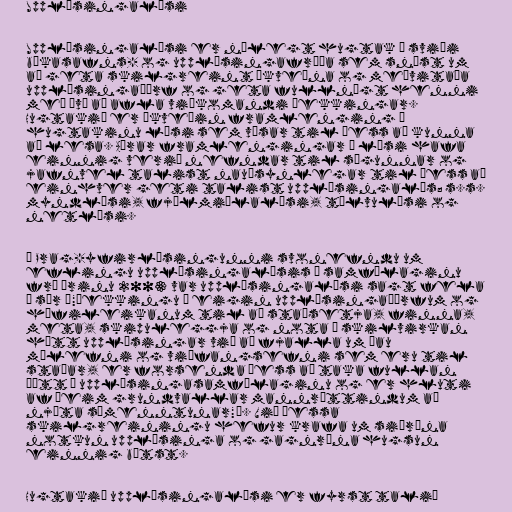
Upplýsingalæsi

Upplýsingalæsi er nýlegt hugtak á sviði
bókasafns- og upplýsingafræða sem snýst um
að geta skilgreint ákveðna og meðvitaða
upplýsingaþörf og geta fullnægt henni
með því að afla viðkomandi þekkingar.
Hugtakið er ákveðin framlenging á
hugtakinu læsi sem vísar til þess að kunna
að lesa. Aðrar framlengingar á læsi hafa
einnig verið nefndar til sögunnar og
jafnvel talist nauðsynlegar til þess að
einhver geti talist upplýsingalæs; s.s.
myndlæsi, fjölmiðlalæsi, tölvulæsi og
netlæsi.

Í Prag-yfirlýsingunni svonefndu um
eflingu upplýsingalæsis í samfélaginu
frá árinu 2003 var upplýsingalæsi sagt fela
í sér „"þekkingu á eigin upplýsingaþörfum og
hæfileikanum til að staðsetja, finna,
meta, skipuleggja og nota á skilvirkan
hátt upplýsingar við að fjalla um þau
málefni og viðfangsefni sem eru til
staðar, er forsenda þess að taka fullan
þátt í upplýsingasamfélaginu og er hluti
af þeim grundvallar mannréttindum að
njóta símenntunar"“. Við þessa
skilgreiningu hefur krafa um siðræna
notkun upplýsinga og gagnrýna hugsun
einnig bætst.

Hugtakið upplýsingalæsi er fyrst talið